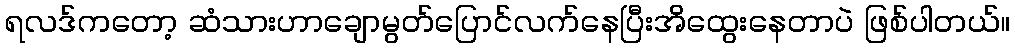
ရလဒ်ကတော့ ဆံသားဟာချောမွတ်ပြောင်လက်နေပြီးအိထွေးနေတာပဲ ဖြစ်ပါတယ်။